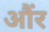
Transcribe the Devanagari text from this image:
औंर